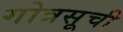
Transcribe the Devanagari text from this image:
गोत्रसूची